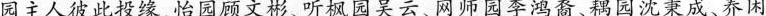
园主人彼此投缘,怡园顾文彬、听枫园吴云、网师园李鸿裔、耦园沈秉成、养闲